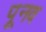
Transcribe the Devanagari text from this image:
पूनव